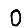
Digit: 0